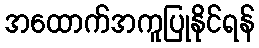
အထောက်အကူပြုနိုင်ရန်